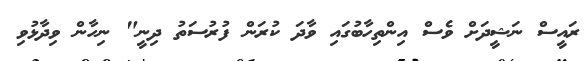
ރައީސް ނަޝީދަށް ވެސް އިންތިހާބުގައި ވާދަ ކުރަން ފުރުސަތު ދިނީ" ނިހާން ވިދާޅުވި